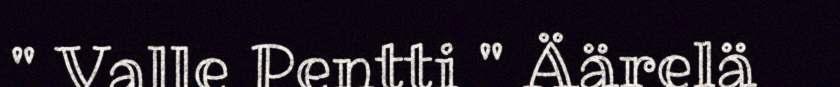
" Valle Pentti " Äärelä